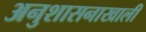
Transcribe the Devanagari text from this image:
अनुशासनाखाली